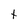
Character: t